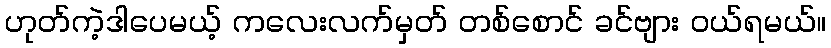
ဟုတ်ကဲ့ဒါပေမယ့် ကလေးလက်မှတ် တစ်စောင် ခင်ဗျား ဝယ်ရမယ်။